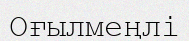
Оғылмеңлі